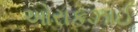
ઓરાકઝાઈ